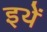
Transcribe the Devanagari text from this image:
इथें